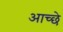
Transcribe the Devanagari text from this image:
आच्छे